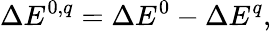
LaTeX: \Delta E^{0,q}=\Delta E^{0}-\Delta E^{q},